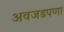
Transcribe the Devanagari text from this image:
अवजडपणा